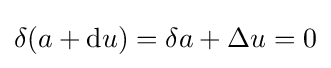
\delta (a+\mathrm {d} u)=\delta a+\Delta u=0